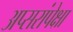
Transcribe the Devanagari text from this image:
अप्सरांपेक्षा